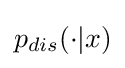
p_{dis}(\cdot |x)